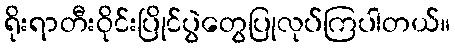
ရိုးရာတီးဝိုင်းပြိုင်ပွဲတွေပြုလုပ်ကြပါတယ်။